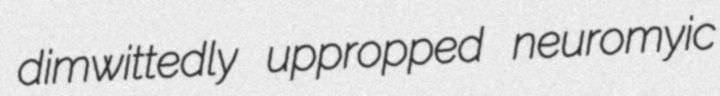
dimwittedly uppropped neuromyic